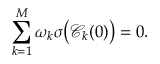
\sum _ { k = 1 } ^ { M } \omega _ { k } \sigma \big ( \mathscr { C } _ { k } ( 0 ) \big ) = 0 .